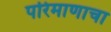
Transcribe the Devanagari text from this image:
परिमाणाचा